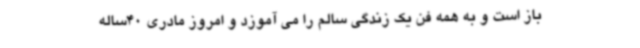
باز است و به همه فن یک زندگی سالم را می آموزد و امروز مادری 40ساله